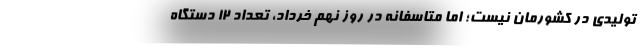
تولیدی در کشورمان نیست؛ اما متاسفانه در روز نهم خرداد، تعداد ۱۲ دستگاه